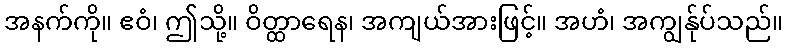
အနက်ကို။ ဧဝံ၊ ဤသို့။ ဝိတ္ထာရေန၊ အကျယ်အားဖြင့်။ အဟံ၊ အကျွန်ုပ်သည်။